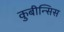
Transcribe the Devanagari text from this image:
कुबीन्सिस